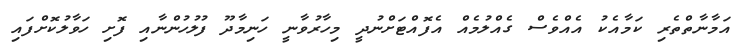
އަމާނާތްތެރި ކަމާއެކު އެއްވެސް ގެއްލުމެއް އެފޮއްޓަށްނުދީ މިހާރުވާނީ ހަނިމާދޫ ފުލުހުންނާއި ފޮށި ހަވާލުކޮށްފައި